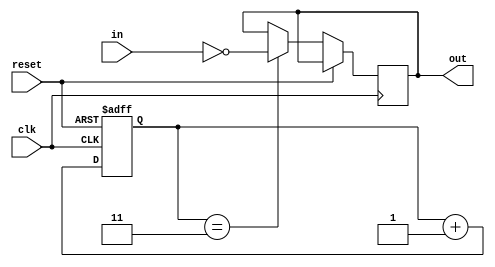
module inverter_delay(
    input wire clk,
    input wire reset,
    input wire in,
    output reg out
);

reg [2:0] delay_counter;

always @(posedge clk or posedge reset) begin
    if (reset) begin
        delay_counter <= 0;
    end else begin
        if (delay_counter == 3) begin
            out <= ~in;
        end
        delay_counter <= delay_counter + 1;
    end
end

endmodule